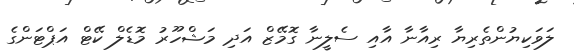
ލަވަކިޔުންތެރިޔާ ރިއާނާ އާއި ސެލީނާ ގޮމޭޒް އަދި މަޝްހޫރު މޮޑެލް ކޭޓް އަޕްޓަންގެ